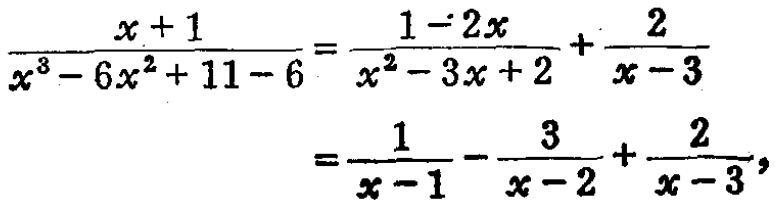
\[\frac{x + 1}{x^{3}-6x^{2}+11x - 6}=\frac{1 - 2x}{x^{2}-3x + 2}+\frac{2}{x - 3}=\frac{1}{x - 1}-\frac{3}{x - 2}+\frac{2}{x - 3},\]